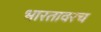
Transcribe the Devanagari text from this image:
भारतावरच